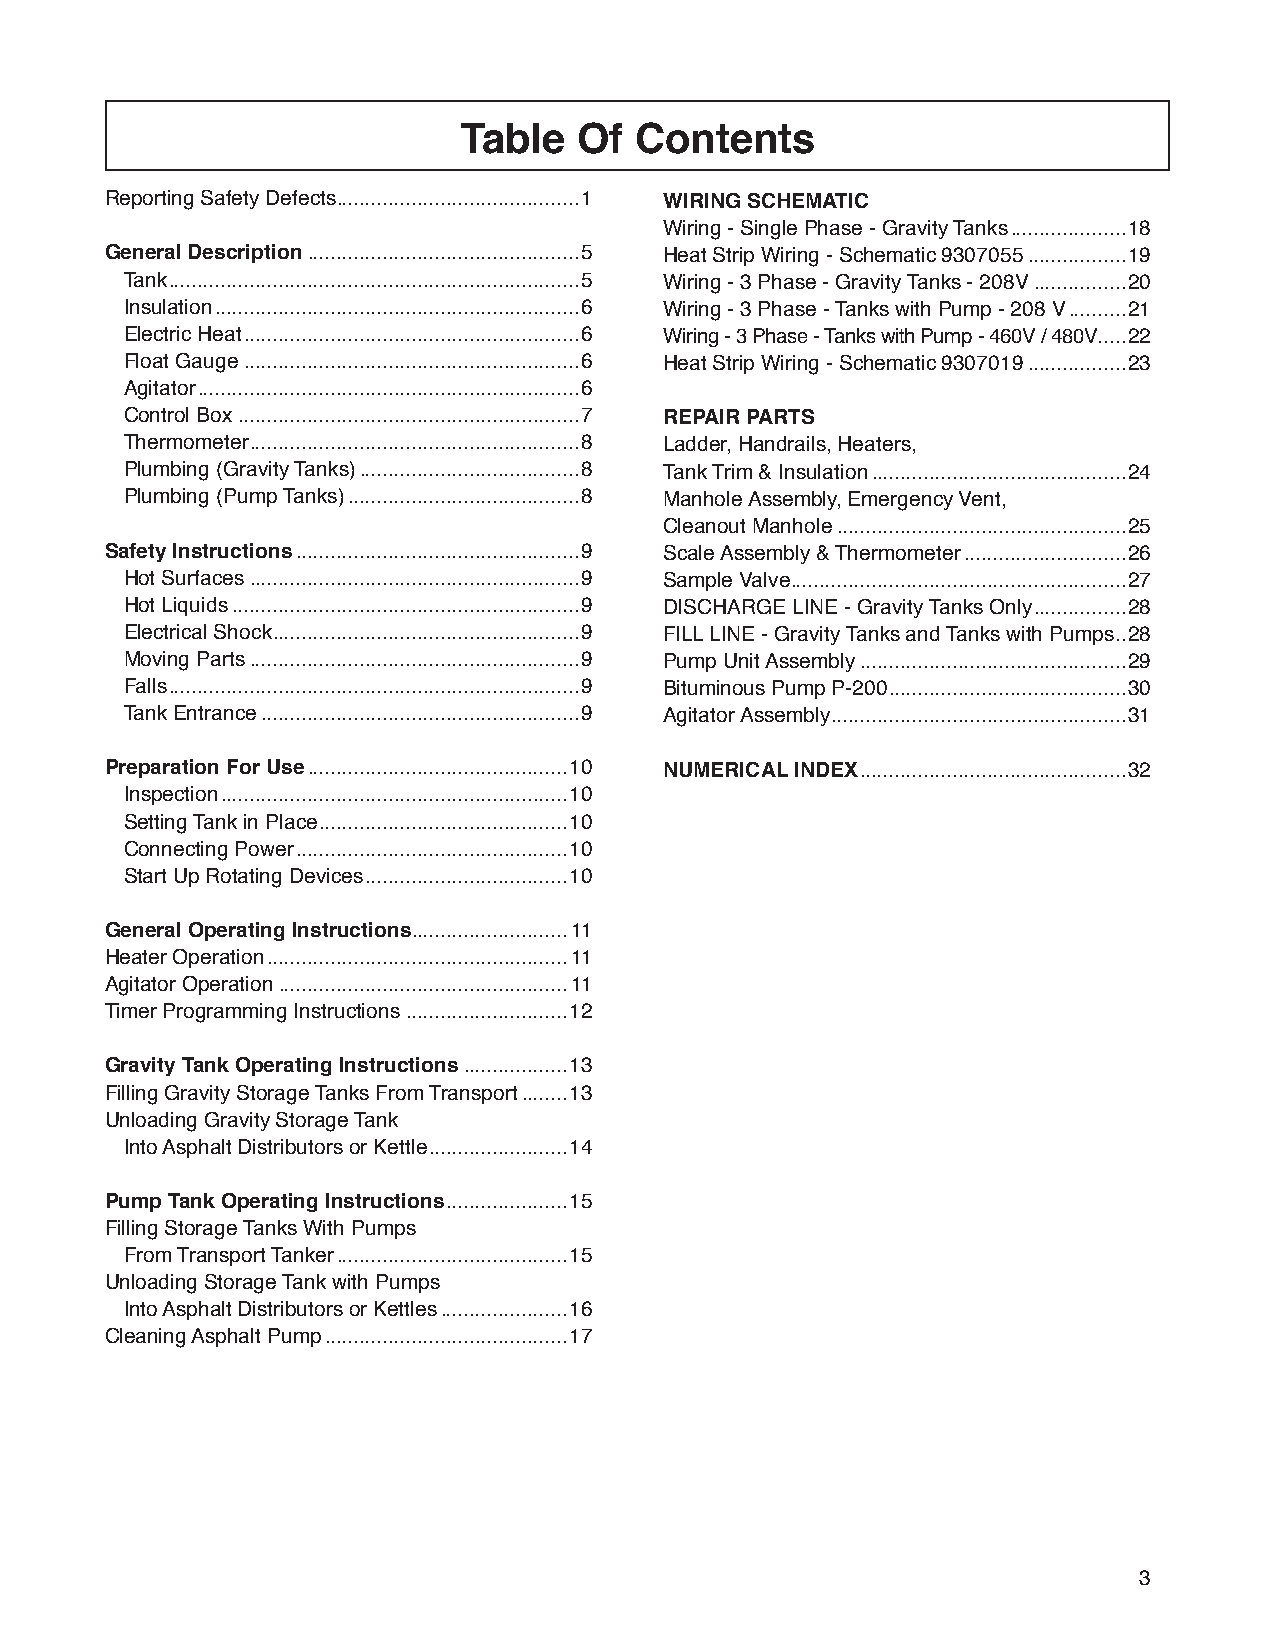
Table   Of  Contents
 Reporting Safety Defects..........................................1 WIRING SCHEMATIC
 Wiring - Single Phase - Gravity Tanks ....................18
 General Description ...............................................5 Heat Strip Wiring - Schematic 9307055 .................19
 Tank .......................................................................5 Wiring - 3 Phase - Gravity Tanks - 208V ................20
 Insulation ...............................................................6 Wiring - 3 Phase - Tanks with Pump - 208 V ..........21
 Electric Heat ..........................................................6 Wiring - 3 Phase - Tanks with Pump - 460V / 480V .....22
 Float Gauge ..........................................................6 Heat Strip Wiring - Schematic 9307019 .................23
 Agitator ..................................................................6
 Control Box ...........................................................7 REPAIR PARTS
 Thermometer .........................................................8 Ladder, Handrails, Heaters,
 Plumbing (Gravity Tanks) ......................................8 Tank Trim & Insulation ............................................24
 Plumbing (Pump Tanks) ........................................8 Manhole Assembly, Emergency Vent,
 Cleanout Manhole ..................................................25
 Safety Instructions .................................................9 Scale Assembly & Thermometer ............................26
 Hot Surfaces .........................................................9 Sample Valve ..........................................................27
 Hot Liquids ............................................................9 DISCHARGE LINE - Gravity Tanks Only ................28
 Electrical Shock .....................................................9 FILL LINE - Gravity Tanks and Tanks with Pumps ..28
 Moving Parts .........................................................9 Pump Unit Assembly ..............................................29
 Falls .......................................................................9 Bituminous Pump P-200 .........................................30
 Tank Entrance .......................................................9 Agitator Assembly ...................................................31
 Preparation For Use .............................................10 NUMERICAL INDEX ..............................................32
 Inspection ............................................................10
 Setting Tank in Place ...........................................10
 Connecting Power ...............................................10
 Start Up Rotating Devices ...................................10
 General Operating Instructions...........................11
 Heater Operation ....................................................11
 Agitator Operation ..................................................11
 Timer Programming Instructions ............................12
 Gravity Tank Operating Instructions ..................13
 Filling Gravity Storage Tanks From Transport ........13
 Unloading Gravity Storage Tank
 Into Asphalt Distributors or Kettle ........................14
 Pump Tank Operating Instructions .....................15
 Filling Storage Tanks With Pumps
 From Transport Tanker ........................................15
 Unloading Storage Tank with Pumps
 Into Asphalt Distributors or Kettles ......................16
 Cleaning Asphalt Pump ..........................................17
 3